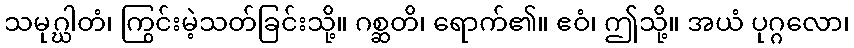
သမုဂ္ဃါတံ၊ ကြွင်းမဲ့သတ်ခြင်းသို့။ ဂစ္ဆတိ၊ ရောက်၏။ ဧဝံ၊ ဤသို့။ အယံ ပုဂ္ဂလော၊